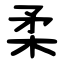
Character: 柔